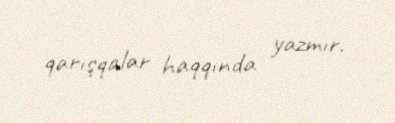
qarışqalar haqqında yazmır.